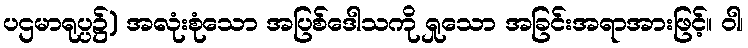
ပဌမာရုပ္ပ၌) အလုံးစုံသော အပြစ်ဒေါသကို ရှုသော အခြင်းအရာအားဖြင့်။ ဝါ၊